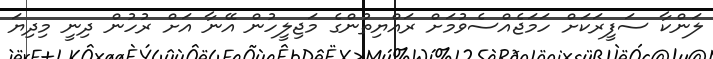
ލަންކާ ސަފީރަކަށް ހަމަޖެއްސެވުމަށް ރައްޔިތުންގެ މަޖިލީހުން އޭނާ އަށް ރުހުން ދިނީ މިދިޔަ